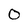
Character: O